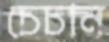
চেচান